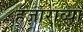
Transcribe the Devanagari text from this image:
हजाराव्या